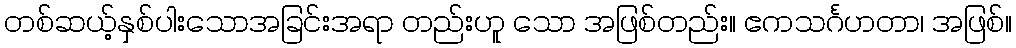
တစ်ဆယ့်နှစ်ပါးသောအခြင်းအရာ တည်းဟူ သော အဖြစ်တည်း။ ဧကသင်္ဂဟတာ၊ အဖြစ်။